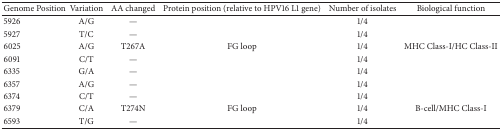
<table><thead><tr><td><b>Genome Position</b></td><td><b>Variation</b></td><td><b>AA changed</b></td><td><b>Protein position (relative to HPV16 L1 gene)</b></td><td><b>Number of isolates</b></td><td><b>Biological function</b></td></tr></thead><tbody><tr><td>5926</td><td>A/G</td><td>—</td><td> </td><td>1/4</td><td> </td></tr><tr><td>5927</td><td>T/C</td><td>—</td><td> </td><td>1/4</td><td> </td></tr><tr><td>6025</td><td>A/G</td><td>T267A</td><td>FG loop</td><td>1/4</td><td>MHC Class-I/HC Class-II</td></tr><tr><td>6091</td><td>C/T</td><td>—</td><td> </td><td>1/4</td><td> </td></tr><tr><td>6335</td><td>G/A</td><td>—</td><td> </td><td>1/4</td><td> </td></tr><tr><td>6357</td><td>A/G</td><td>—</td><td> </td><td>1/4</td><td> </td></tr><tr><td>6374</td><td>C/T</td><td>—</td><td> </td><td>1/4</td><td> </td></tr><tr><td>6379</td><td>C/A</td><td>T274N</td><td>FG loop</td><td>1/4</td><td>B-cell/MHC Class-I</td></tr><tr><td>6593</td><td>T/G</td><td>—</td><td> </td><td>1/4</td><td> </td></tr></tbody></table>